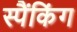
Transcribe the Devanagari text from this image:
स्पैंकिंग